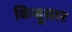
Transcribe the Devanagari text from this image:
बिन्दूसार